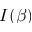
I ( \beta )